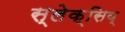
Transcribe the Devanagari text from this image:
स्लेक्सिय्